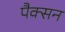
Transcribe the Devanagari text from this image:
पैक्सन